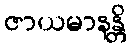
ဇာယမာနန္တိ